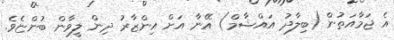
އެ ޖަމާއަތުން (ބިލާދު އައްޝާމް) އޭނާ އަށް އިންޒާރު ދިން ލީވާން ބުންޏެވެ.